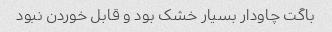
باگت چاودار بسیار خشک بود و قابل خوردن نبود